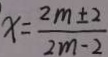
x = \frac { 2 m \pm 2 } { 2 m - 2 }